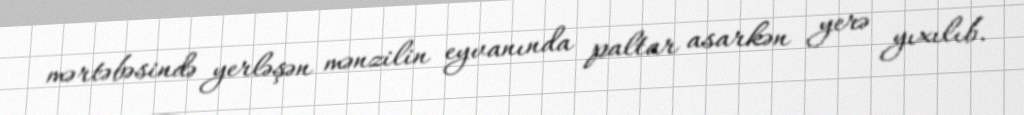
mərtəbəsində yerləşən mənzilin eyvanında paltar asarkən yerə yıxılıb.